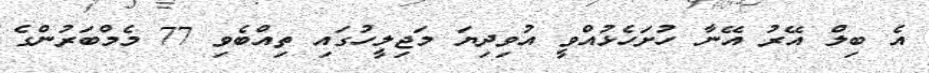
އެ ބިލް އޭރު އޭނާ ހުށަހެޅުއްވީ އުވިދިޔަ މަޖިލީހުގައި ތިއްބެވި 77 މެމްބަރުންގެ